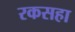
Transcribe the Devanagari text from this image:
रकसहा